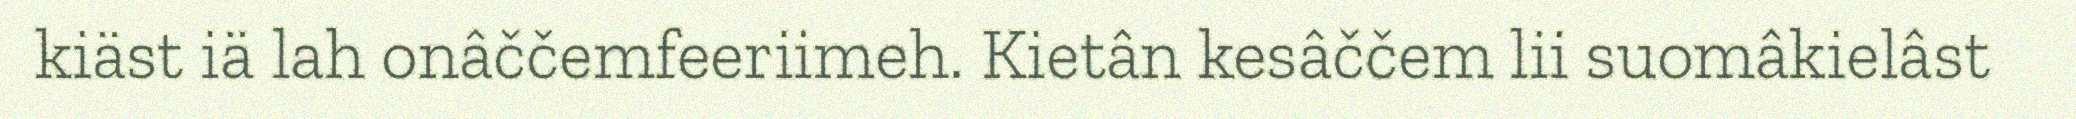
kiäst iä lah onâččemfeeriimeh. Kietân kesâččem lii suomâkielâst